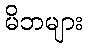
မိဘများ